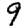
Digit: 9